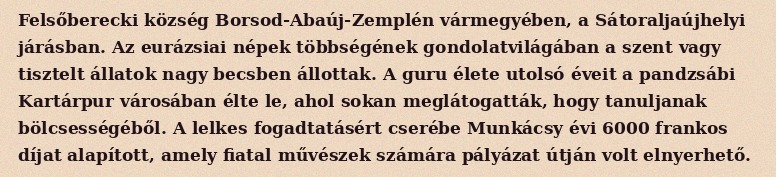
Felsőberecki község Borsod-Abaúj-Zemplén vármegyében, a Sátoraljaújhelyi járásban. Az eurázsiai népek többségének gondolatvilágában a szent vagy tisztelt állatok nagy becsben állottak. A guru élete utolsó éveit a pandzsábi Kartárpur városában élte le, ahol sokan meglátogatták, hogy tanuljanak bölcsességéből. A lelkes fogadtatásért cserébe Munkácsy évi 6000 frankos díjat alapított, amely fiatal művészek számára pályázat útján volt elnyerhető.